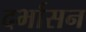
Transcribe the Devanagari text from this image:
दर्भासन